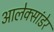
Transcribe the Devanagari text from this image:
आलेक्सांडेर